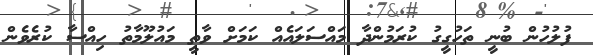
ފުލުހުން ބުނީ ތަހުގީގު ކުރަމުންދާ މައްސަލައެއް ކަމަށް ވާތީ މައުލޫމާތު ހިއްސާ ކުރެވެން